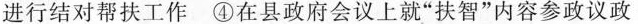
进行结对帮扶工作④在县政府会议上就”扶智”内容参政议政